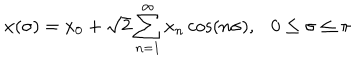
x ( \sigma ) = x _ { 0 } + \sqrt { 2 } \sum _ { n = 1 } ^ { \infty } x _ { n } \cos ( n \sigma ) , 0 \leq \sigma \leq \pi